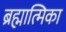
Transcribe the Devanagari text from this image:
ब्रह्मात्मिका